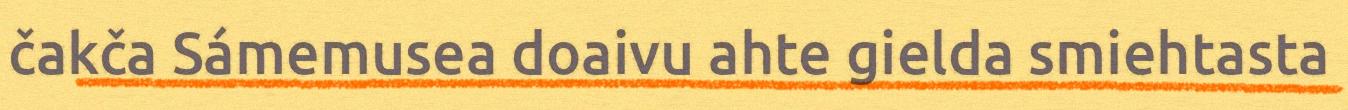
čakča Sámemusea doaivu ahte gielda smiehtasta